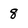
Character: 8